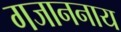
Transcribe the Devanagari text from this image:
गजाननाय